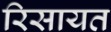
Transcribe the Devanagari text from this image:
रिसायत